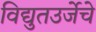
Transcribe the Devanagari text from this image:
विद्युतउर्जेचे